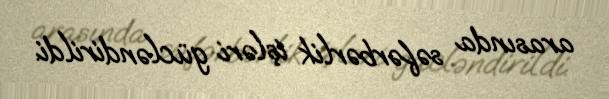
arasında səfərbərlik işləri gücləndirildi.